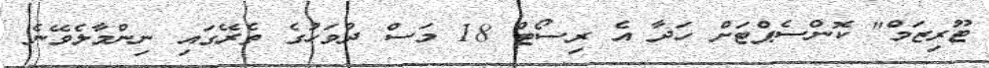
ޓޫރިޒަމް" ކޮންސެޕްޓަށް ހަދާ އެ ރިސޯޓް 18 މަސް ދުވަހުގެ ތެރޭގައި ނިންމާލެވޭނެ